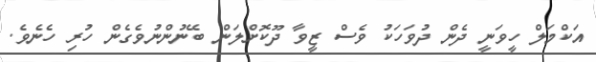
އަކްމަލް ހީވަނީ ދެން ދުވަހަކު ވެސް ޒީވާ ދޫކޮށްލަން ބޭނުންނުވެގެން ހުރި ހެނެވެ.